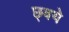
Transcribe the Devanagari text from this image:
छ्वये